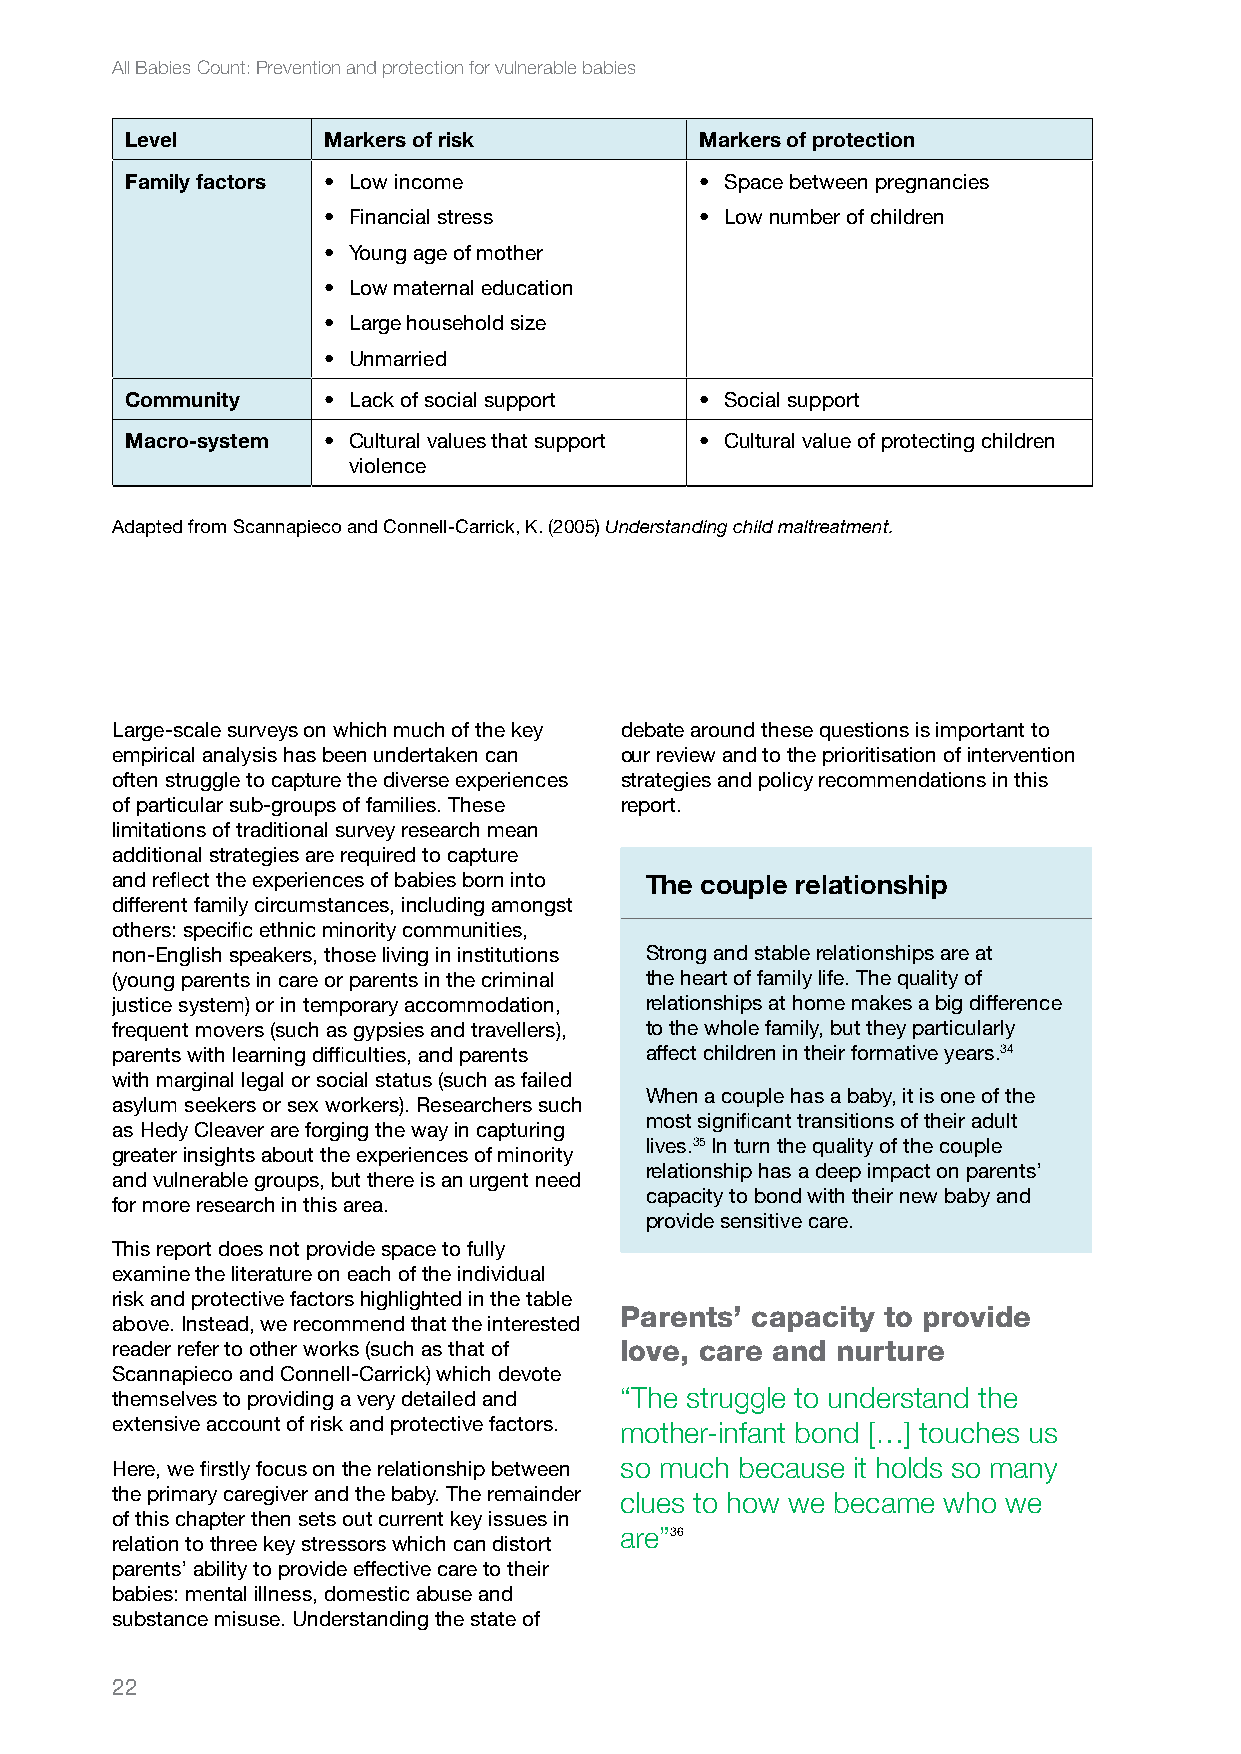
All Babies Count: Prevention and protection for vulnerable babies
 Level        Markers of risk          Markers of protection
 Family factors • Low income           • Space between pregnancies
 • Financial stress       • Low number of children
 • Young age of mother
 • Low maternal education
 • Large household size
 • Unmarried
 Community    • Lack of social support • Social support
 Macro-system • Cultural values that support • Cultural value of protecting children
 violence
 Adapted from Scannapieco and Connell-Carrick, K. (2005) Understanding child maltreatment.
 Large-scale surveys on which much of the key debate around these questions is important to
 empirical analysis has been undertaken can our review and to the prioritisation of intervention
 often struggle to capture the diverse experiences strategies and policy recommendations in this
 of particular sub-groups of families. These report.
 limitations of traditional survey research mean
 additional strategies are required to capture
 and reflect the experiences of babies born into The couple relationship
 different family circumstances, including amongst
 others: specific ethnic minority communities,
 non-English speakers, those living in institutions Strong and stable relationships are at
 (young parents in care or parents in the criminal the heart of family life. The quality of
 justice system) or in temporary accommodation, relationships at home makes a big difference
 frequent movers (such as gypsies and travellers), to the whole family, but they particularly
 parents with learning difficulties, and parents affect children in their formative years.34
 with marginal legal or social status (such as failed
 When a couple has a baby, it is one of the
 asylum seekers or sex workers). Researchers such
 most significant transitions of their adult
 as Hedy Cleaver are forging the way in capturing
 lives.35 In turn the quality of the couple
 greater insights about the experiences of minority
 relationship has a deep impact on parents’
 and vulnerable groups, but there is an urgent need
 capacity to bond with their new baby and
 for more research in this area.
 provide sensitive care.
 This report does not provide space to fully
 examine the literature on each of the individual
 risk and protective factors highlighted in the table
 Parents’ capacity to provide
 above. Instead, we recommend that the interested
 reader refer to other works (such as that of love, care and nurture
 Scannapieco and Connell-Carrick) which devote
 themselves to providing a very detailed and “The struggle to understand the
 extensive account of risk and protective factors. mother-infant bond […] touches us
 Here, we firstly focus on the relationship between so much because it holds so many
 the primary caregiver and the baby. The remainder clues to how we became who we
 of this chapter then sets out current key issues in
 are”36
 relation to three key stressors which can distort
 parents’ ability to provide effective care to their
 babies: mental illness, domestic abuse and
 substance misuse. Understanding the state of
 22